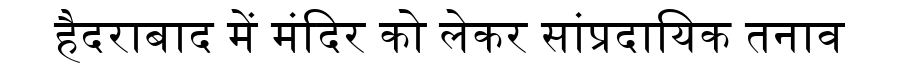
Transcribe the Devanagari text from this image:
हैदराबाद में मंदिर को लेकर सांप्रदायिक तनाव